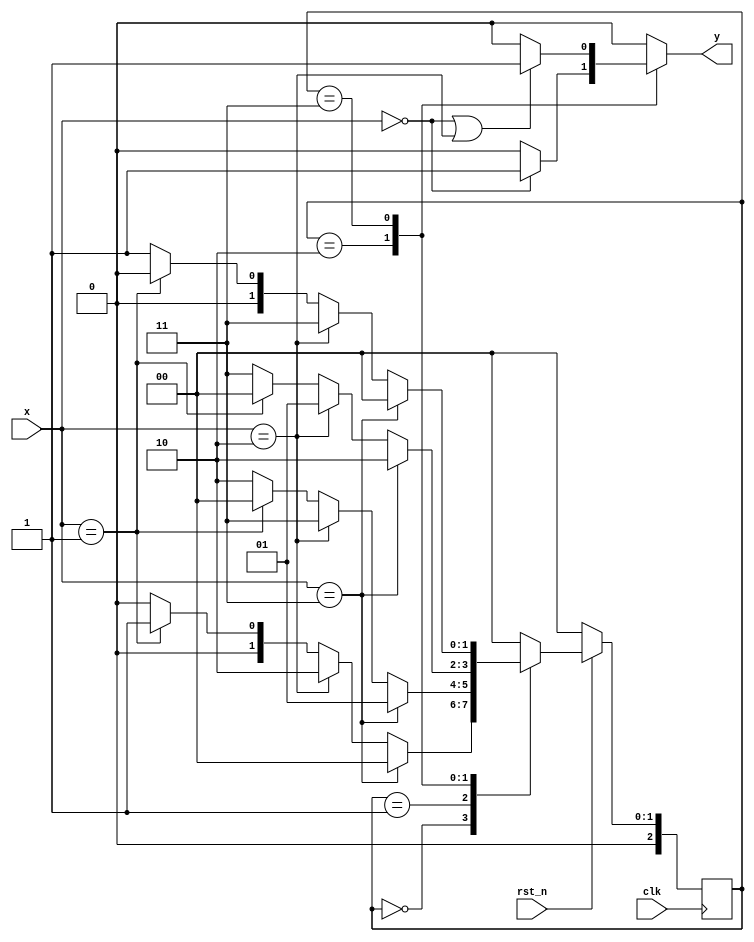
`timescale 1ns / 1ps
//////////////////////////////////////////////////////////////////////////////////
// Company: 
// Engineer: 
// 
// Design Name: 
// Module Name:    mealy_fsm 
// Project Name: 
// Target Devices: 
// Tool versions: 
// Description: 
//
// Dependencies: 
//
// Revision: 
// Revision 0.01 - File Created
// Additional Comments: 
//
//////////////////////////////////////////////////////////////////////////////////
module mealy_fsm (
    output reg y,
    input [1:0] x,
    input rst_n,
    input clk);

    parameter S0=0;
    parameter S1=1;
    parameter S2=2;
    parameter S3=3;

    reg [2:0] state, next_state;

    always @(posedge clk)
        if(!rst_n) begin
            state<=S0;
        end
        else begin
            state<=next_state;
        end
            
    always @(*) begin
        next_state = S0;
        y = 1'b0;
        case(state)
            S0: begin
                next_state= (x==2'b11)?S0:
                            (x==2'b10)?S2:
                            (x==2'b01)?S1:S0;
                y=1'b0;
            end
            S1: begin
                next_state= (x==2'b11)?S1:
                            (x==2'b10)?S3:
                            (x==2'b01)?S0:S2;
                y=1'b0;
            end
            S2: begin
                next_state= (x==2'b11)?S2:
                            (x==2'b10)?S1:
                            (x==2'b01)?S0:S3;
                y=(x==2'b00)?1'b1:1'b0;
            end
            S3: begin
                next_state= (x==2'b11)?S0:
                            (x==2'b10)?S3:
                            (x==2'b01)?S0:S1;
                y=(x==2'b00||x==2'b10)?1'b1:1'b0;
            end
            default: begin
                next_state=S0;
                y='b0;
            end
        endcase
    end
endmodule